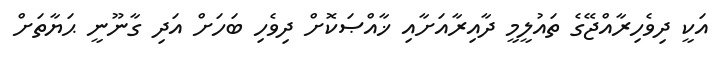
އަކީ ދިވެހިރާއްޖޭގެ ތައުލީމީ ދާއިރާއަށާއި ޚާއްޞަކޮށް ދިވެހި ބަހަށް އަދި ގާނޫނީ ޙަޔާތަށް